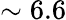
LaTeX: \sim 6.6